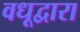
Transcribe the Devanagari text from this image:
वधूद्वारा